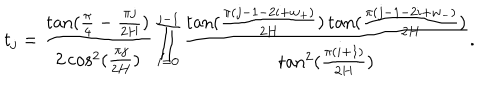
t _ { j } = \frac { \tan ( \frac { \pi } { 4 } - \frac { \pi j } { 2 H } ) } { 2 \cos ^ { 2 } ( \frac { \pi j } { 2 H } ) } \prod _ { i = 0 } ^ { j - 1 } \frac { \tan ( \frac { \pi ( j - 1 - 2 i + w _ { + } ) } { 2 H } ) \tan ( \frac { \pi ( j - 1 - 2 i + w _ { - } ) } { 2 H } ) } { \tan ^ { 2 } ( \frac { \pi ( i + 1 ) } { 2 H } ) } .